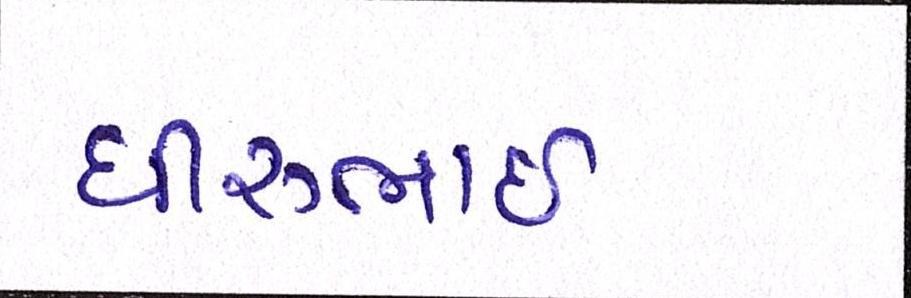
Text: ધીરુભાઇ